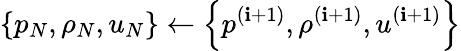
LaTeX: \left\{ p_{N},\rho_{N},u_{N}\right\} \gets\left\{ p^{(\mathbf{i}+1)},\rho^{(\mathbf{i}+1)},u^{(\mathbf{i}+1)}\right\}